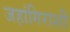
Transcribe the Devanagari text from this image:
जहांगिराशी